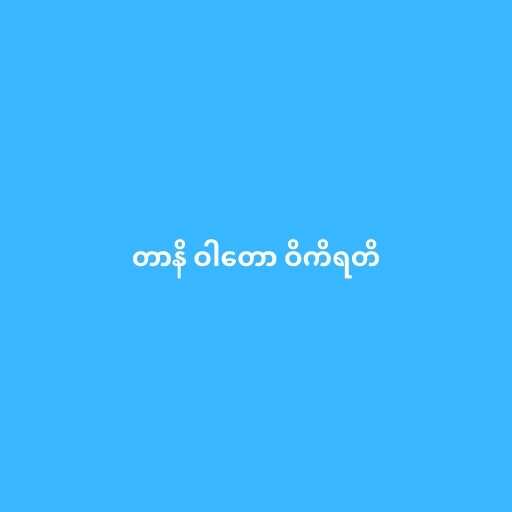
တာနိ ဝါတော ဝိကိရတိ